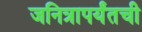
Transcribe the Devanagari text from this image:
जनित्रापर्यंतची